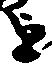
を